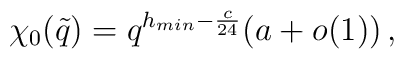
\chi_0(\tilde{q}) = q^{h_{min} - \frac{c}{24}}(a + o(1))\,,